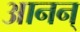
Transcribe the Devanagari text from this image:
आनन्